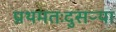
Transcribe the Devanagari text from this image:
प्रथमतःदुसऱ्या